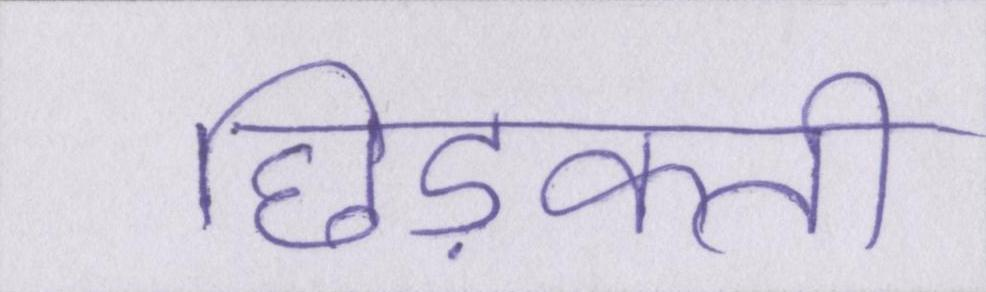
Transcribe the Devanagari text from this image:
छिड़कती